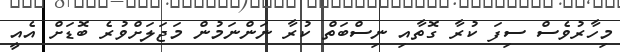
މިހާރުވެސް ސިފަ ކުރާ ގޮތާއި ނިސްބަތް ކުރާ ނަންނަމުން މަޖަލަށްވުރެ ބޮޑަށް އެއީ